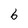
Character: 6